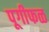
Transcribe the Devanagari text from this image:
पूगीफळ